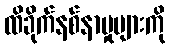
ထိခိုက်နစ်နာမှုများကို